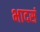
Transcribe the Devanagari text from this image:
भादसं